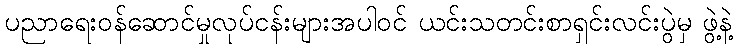
ပညာရေးဝန်ဆောင်မှုလုပ်ငန်းများအပါဝင် ယင်းသတင်းစာရှင်းလင်းပွဲမှ ဖွဲ့နဲ့